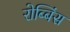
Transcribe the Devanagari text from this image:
रोब्बिंस